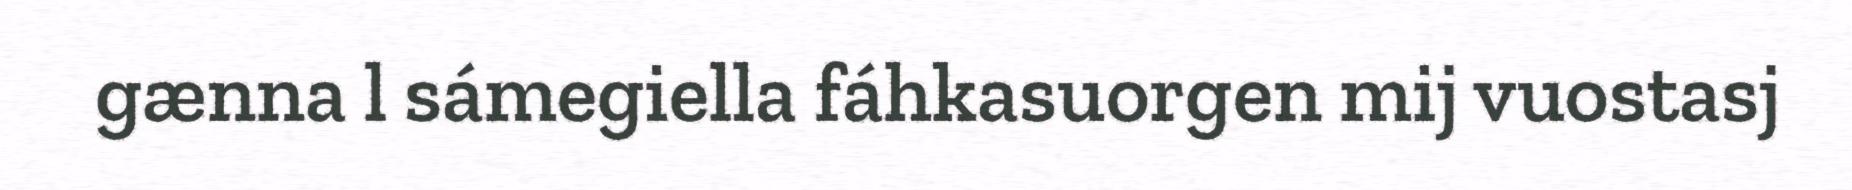
gænna l sámegiella fáhkasuorgen mij vuostasj